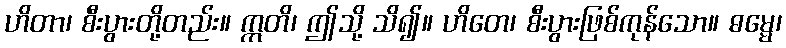
ဟိတာ၊ စီးပွားတို့တည်း။ ဣတိ၊ ဤသို့ သိ၍။ ဟိတေ၊ စီးပွားဖြစ်ကုန်သော။ ဓမ္မေ၊